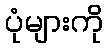
ပုံများကို